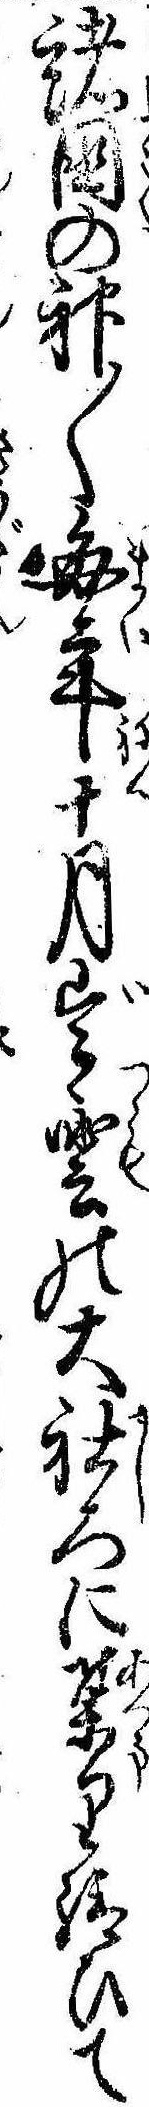
諸国の神〱毎年十月出雲の大社ろに集り給ひて